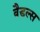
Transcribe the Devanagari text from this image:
वैडल्स